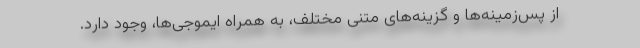
از پس‌زمینه‌ها و گزینه‌های متنی مختلف، به همراه ایموجی‌ها، وجود دارد.